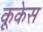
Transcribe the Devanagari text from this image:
कूकेस